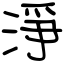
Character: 淨